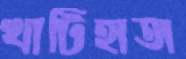
খাটিহাতা